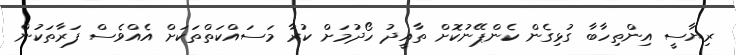
ރިޔާސީ އިންތިހާބާ ގުޅިގެން ކެންޕޭނުކޮށް ތާއީދު ހޯދުމަށް ކުރާ މަސައްކަތްތަކަށް އެއްވެސް ފަރާތަކުން